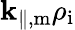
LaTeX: \mathbf{k}_{\parallel,\mathrm{{m}}}\rho_{\mathrm{{i}}}